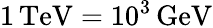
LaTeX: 1\, \mathrm{TeV}=10^{3}\, \mathrm{GeV}